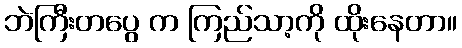
ဘဲကြီးတပွေ က ကြည်သာ့ကို ထိုးနေတာ။